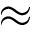
\approx